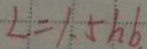
L = 1 . 5 h b